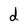
Character: d